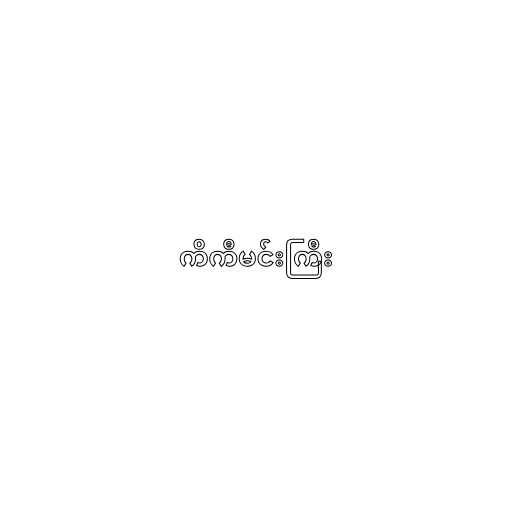
ကိကီမင်းကြီး